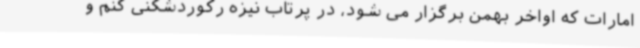
امارات که اواخر بهمن برگزار می شود، در پرتاب نیزه رکوردشکنی کنم و